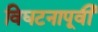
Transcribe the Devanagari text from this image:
विघटनापूर्वी